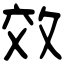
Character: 效